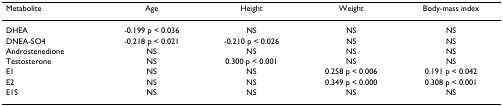
| Metabolite | Age | Height | Weight | Body-mass index |
 | --- | --- | --- | --- | --- |
 | DHEA | -0.199 p < 0.036 | NS | NS | NS |
 | DNEA-SO4 | -0.218 p < 0.021 | -0.210 p < 0.026 | NS | NS |
 | Androstenedione | NS | NS | NS | NS |
 | Testosterone | NS | 0.300 p < 0.001 | NS | NS |
 | E1 | NS | NS | 0.258 p < 0.006 | 0.191 p < 0.042 |
 | E2 | NS | NS | 0.349 p < 0.000 | 0.308 p < 0.001 |
 | E1S | NS | NS | NS | NS |